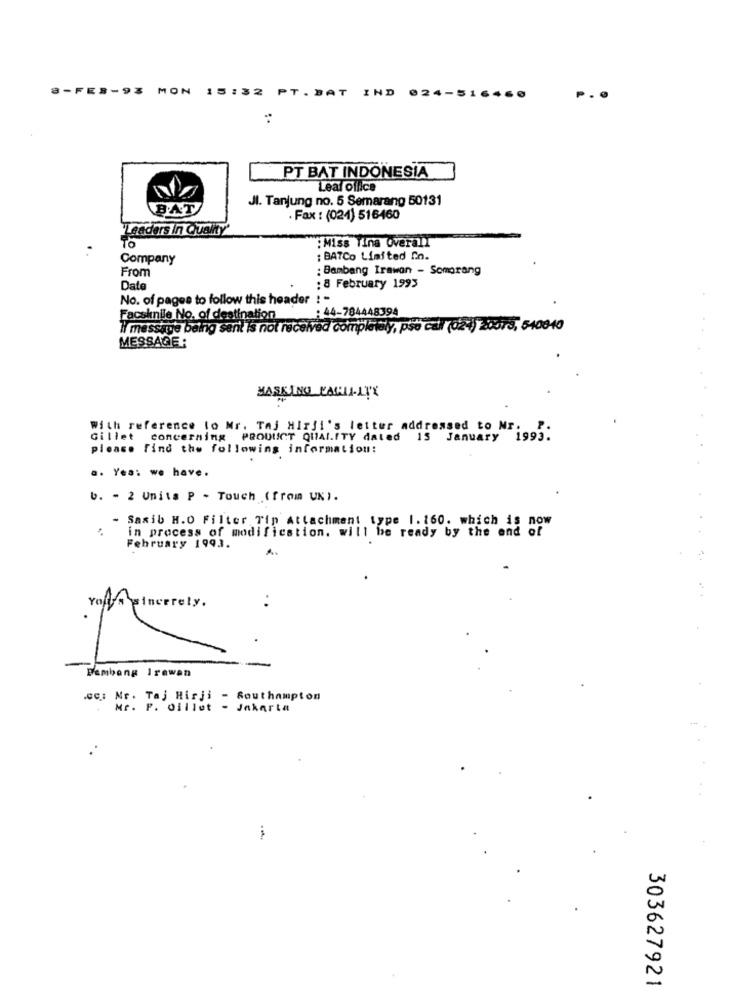
3-FEB-
MON
15
:32
PT. BAT
IND
024-5164
PT BAT INDONESIA
Leal office
JI. Tanjung no. 5 Semarang 50131
BAT
· Fax : (021) 516460
Leaders in Quality'
:Miss Tina overall
Company
: BATCo Limited In.
From
: Bambang Irawan - Somorang
Date
: 8 February 1993
No. of pages to follow this header : -
Facskinile No. of destination
: 44-78444
I' message being sent is not received compk
ZOUT3, 540840
MESSAGE:
MASKING PACHIL-ITY
With reference to Mr. Taj Hirji's letter addressed to Nr.
Gillet concerning PRODUCT QUIAl.ITY dated 15 January 1993.
please find the following information:
a. Yea: we have.
b. - 2 Unita P - Touch ( from UK).
- Saxib H.O Filter Tip Attachment type 1.160. which is now
in process of modification. will be ready by the end of
February 1993.
. .
Yours sincerely.
-
Bambang Irewan
.cc: Mr. Taj Hirji - Southampton
Mr. P. Oillet - Jakarta
303627921